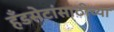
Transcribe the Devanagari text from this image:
हँडसेटांसाठीच्या